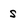
Character: S